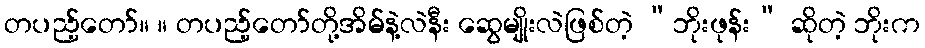
တပည့်တော်။ ။ တပည့်တော်တို့အိမ်နဲ့လဲနီး ဆွေမျိုးလဲဖြစ်တဲ့ “ဘိုးဖုန်း” ဆိုတဲ့ ဘိုးက